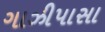
ગાઝીપાસા